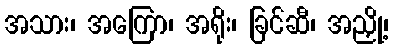
အသား၊ အကြော၊ အရိုး၊ ခြင်ဆီ၊ အညှို့၊